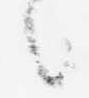
言